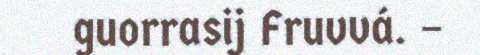
guorrasij Fruvvá. –